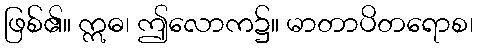
ဖြစ်၏။ ဣဓ၊ ဤလောက၌။ မာတာပိတရောစ၊